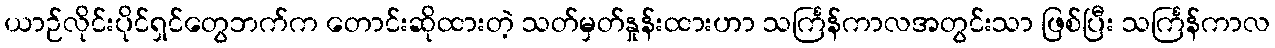
ယာဉ်လိုင်းပိုင်ရှင်တွေဘက်က တောင်းဆိုထားတဲ့ သတ်မှတ်နှုန်းထားဟာ သင်္ကြန်ကာလအတွင်းသာ ဖြစ်ပြီး သင်္ကြန်ကာလ